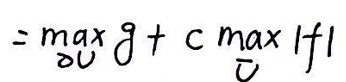
$= \max_{v} g + c \max_{v} |f|$